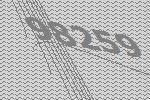
98259